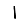
Digit: 1